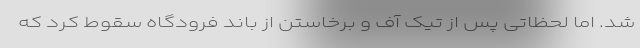
شد. اما لحظاتی پس از تیک آف و برخاستن از باند فرودگاه سقوط کرد که